Reports on military cantonments and civil stations in the Presidency of Bombay inspected by the Sanitary Commissioner in the years 1875 and 1876
Year: 1875
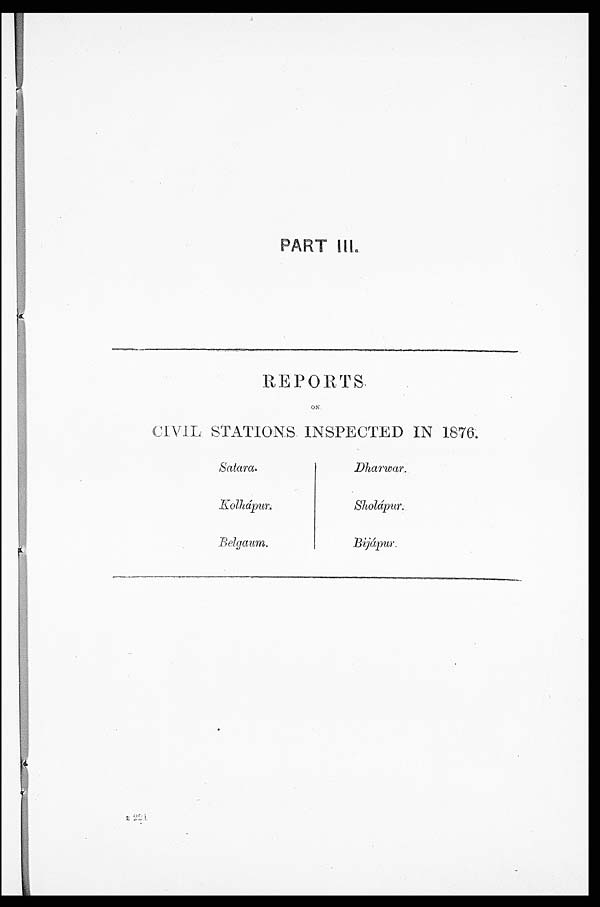
PART III.
REPORTS
ON
CIVIL STATIONS INSPECTED IN 1876.
Satara.
K o l h á p u r
.
Belgaum.
Dharwar
.
Sholápur
.
Bijápur.
B 2 2 1